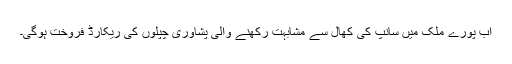
اب پورے ملک میں سانپ کی کھال سے مشابہت رکھنے والی پشاوری چپلوں کی ریکارڈ فروخت ہوگی۔